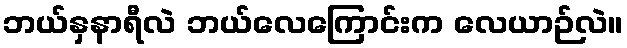
ဘယ်နှနာရီလဲ ဘယ်လေကြောင်းက လေယာဉ်လဲ။